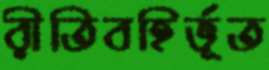
রীতিবহির্ভূত